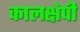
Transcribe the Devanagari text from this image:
कालक्षेपी